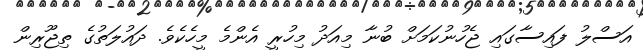
އަސްލު ފައިސާގައި ޖެހުނުކަމަށް ބުނާ މިއަދު މިހުރީ އެންމެ މީހެކެވެ. ދައުލަތުގެ ތިޖޫރިން